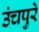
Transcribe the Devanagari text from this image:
उंचपुरे